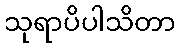
သုရာပိပါသိတာ